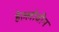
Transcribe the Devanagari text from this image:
हेल्लोवीन